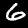
Label: 6